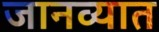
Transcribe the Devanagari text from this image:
जानव्यात